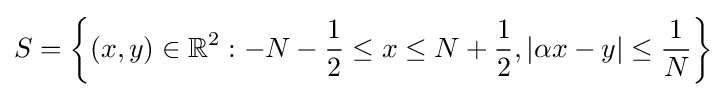
S=\left\{(x,y)\in \mathbb {R} ^{2}:-N-{\frac {1}{2}}\leq x\leq N+{\frac {1}{2}},\vert \alpha x-y\vert \leq {\frac {1}{N}}\right\}